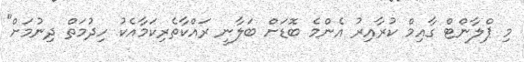
މި ޕްލާންޓް ގާއިމް ކުރާއިރު އެންމެ ބޮޑަށް ބަލާނީ ރައްކާތެރިކަމާއެކު ހިދުމަތް ދިނުމަށް"